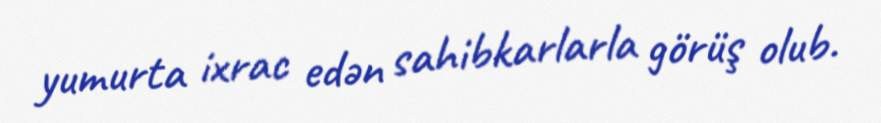
yumurta ixrac edən sahibkarlarla görüş olub.